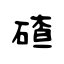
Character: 碴